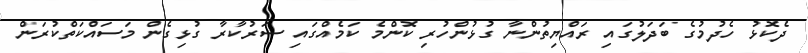
ދެކޮޅު ހެދުމުގެ ބަދަލުގައި ރައްޔިތުންނާ ގުޅުންހުރި ކޮންމެ ކަމެއްގައި ސަރުކާރާ ގުޅިގެން މަސައްކަތްކުރަން